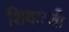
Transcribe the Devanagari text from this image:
शियात्जी